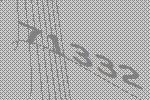
71332